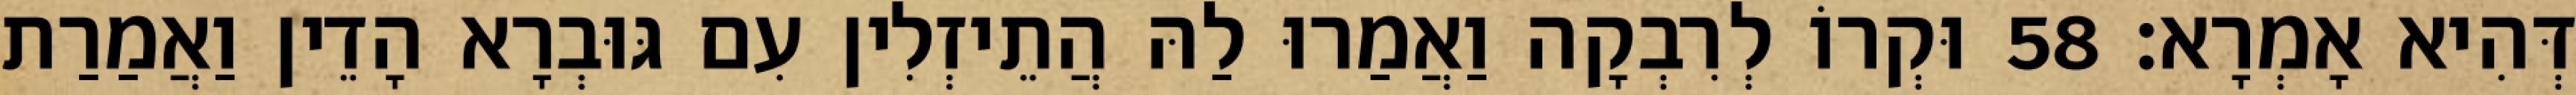
דְּהִיא אָמְרָא׃ 58 וּקְרוֹ לְרִבְקָה וַאֲמַרוּ לַהּ הֲתֵיזְלִין עִם גּוּבְרָא הָדֵין וַאֲמַרַת